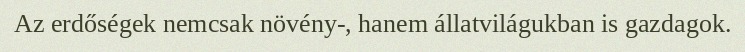
Az erdőségek nemcsak növény-, hanem állatvilágukban is gazdagok.